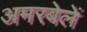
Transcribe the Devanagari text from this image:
अमरबेलें